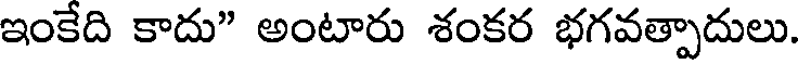
ఇంకేది కాదు" అంటారు శంకర భగవత్పాదులు.